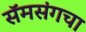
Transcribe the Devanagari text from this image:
सॅमसंगचा